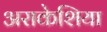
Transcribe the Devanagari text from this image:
अराकेशिया